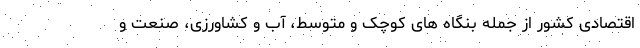
اقتصادی کشور از جمله بنگاه های کوچک و متوسط، آب و کشاورزی، صنعت و